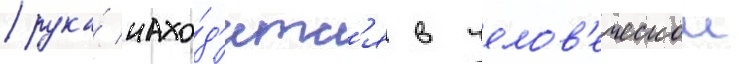
рука́ нахо́д'итс'я в челов'еческои